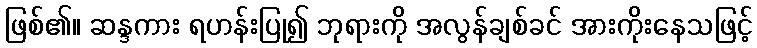
ဖြစ်၏။ ဆန္ဒကား ရဟန်းပြု၍ ဘုရားကို အလွန်ချစ်ခင် အားကိုးနေသဖြင့်